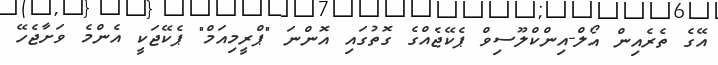
އޭގެ ތެރެއިން އޯލް-އިންކްލޫސިވް ޕެކޭޖެއްގެ ގޮތުގައި އޮންނަ "ޕްރީމިއަމް" ޕެކޭޖަކީ އެންމެ ވަށާޖެހޭ